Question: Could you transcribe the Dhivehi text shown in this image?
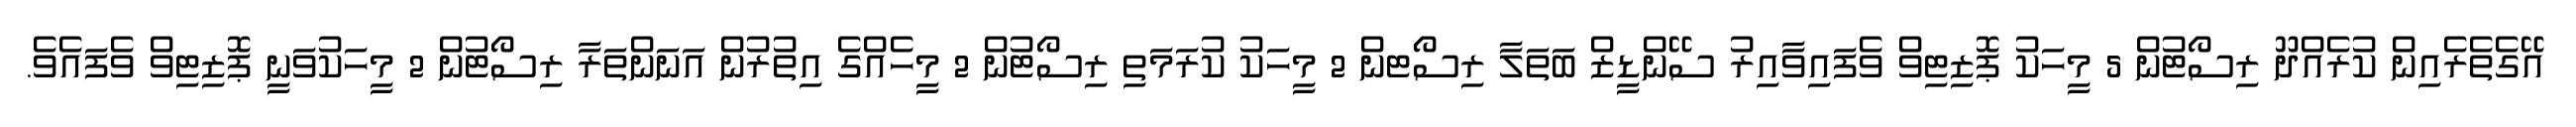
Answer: އޭގެތެރެއިން ކުރެއްދޫ ރިސޯޓުން 5 މީހަކު ޕޮޒިޓިވް ވެފައިވާއިރު ސޭންޑީޒް ބަތަލާ ރިސޯޓން 2 މީހަކު ކުރަމަތި ރިސޯޓުން 2 މީހެއްގެ އިތުރުން އަނަންތަރާ ރިސޯޓުން 2 މީހަކުވަނީ ޕޮޒިޓިވް ވެފައެވެ.